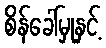
စိန်ခေါ်မှုနှင့်